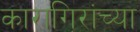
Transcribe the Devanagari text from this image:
कारागिरांच्या